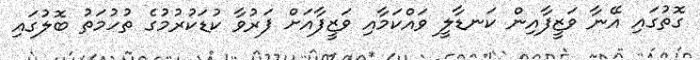
ގޮތުގައި އޭނާ ވަޒީފާއިން ކަނޑާލީ ވައްކަމާއި ވަޒީފާއަށް ފަރުވާ ކުޑަކުރުމުގެ ތުހުމަތު ބޮލުގައި